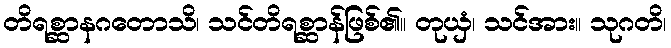
တိရစ္ဆာနဂတောသိ၊ သင်တိရစ္ဆာန်ဖြစ်၏။ တုယှံ၊ သင်အား။ သုဂတိ၊